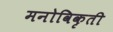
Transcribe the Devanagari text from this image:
मनोविकृती